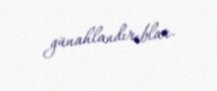
günahlandırıblar.